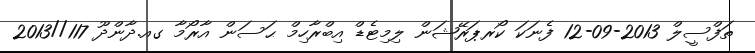
ތަފްސީލް 2013-09-12 ފެނަކަ ކޯރޕަރޭޝަން ލިމިޓެޑް އިބްރާހިމް ޙަސަން އާރޯމާ ގއ.ދާންދޫ 117//2013